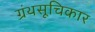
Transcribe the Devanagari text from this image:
ग्रंथसूचिकार